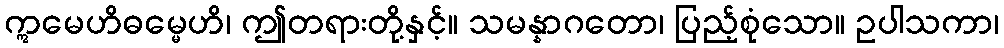
ဣမေဟိဓမ္မေဟိ၊ ဤတရားတို့နှင့်။ သမန္နာဂတော၊ ပြည့်စုံသော။ ဥပါသကာ၊